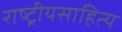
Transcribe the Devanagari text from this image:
राष्ट्रीयसाहित्य